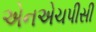
એનએચપીસી